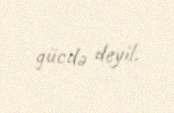
gücdə deyil.